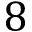
8